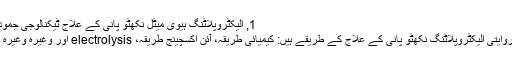
1, الیکٹروپلاٹنگ ہیوی میٹل نکھٹو پانی کے علاج ٹیکنالوجی جمود
روایتی الیکٹروپلاٹنگ نکھٹو پانی کے علاج کے طریقے ہیں: کیمیائی طریقہ، آئن اکسچینج طریقہ، electrolysis اور وغیرہ وغیرہ ۔